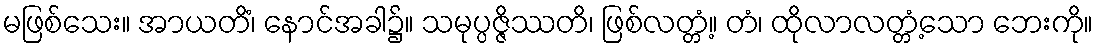
မဖြစ်သေး။ အာယတိံ၊ နောင်အခါ၌။ သမုပ္ပဇ္ဇိဿတိ၊ ဖြစ်လတ္တံ့။ တံ၊ ထိုလာလတ္တံ့သော ဘေးကို။